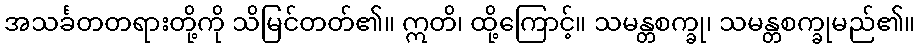
အသင်္ခတတရားတို့ကို သိမြင်တတ်၏။ ဣတိ၊ ထို့ကြောင့်။ သမန္တစက္ခု၊ သမန္တစက္ခုမည်၏။